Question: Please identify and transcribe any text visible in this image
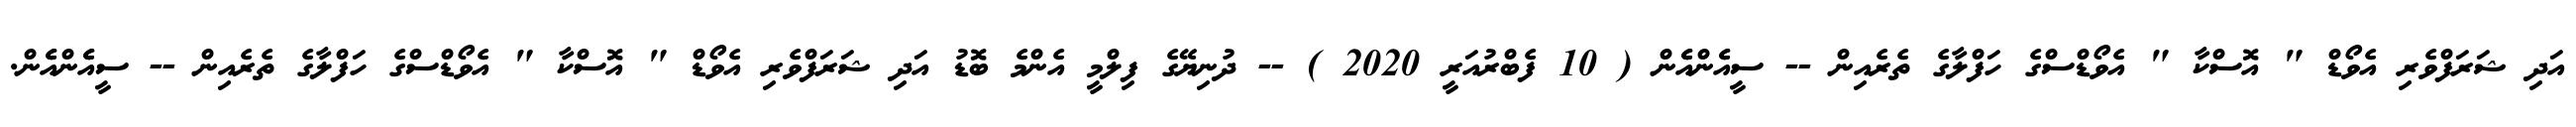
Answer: އަދި ޝަރަފްވެރި އެވޯޑް " އޮސްކާ " އެވޯޑްސްގެ ހަފްލާގެ ތެރެއިން -- ސީއެެންއެެން ( 10 ފެބްރުއަރީ 2020 ) -- ދުނިޔޭގެ ފިލްމީ އެންމެ ބޮޑު އަދި ޝަރަފްވެރި އެވޯޑް " އޮސްކާ " އެވޯޑްސްގެ ހަފްލާގެ ތެރެއިން -- ސީއެެންއެެން.